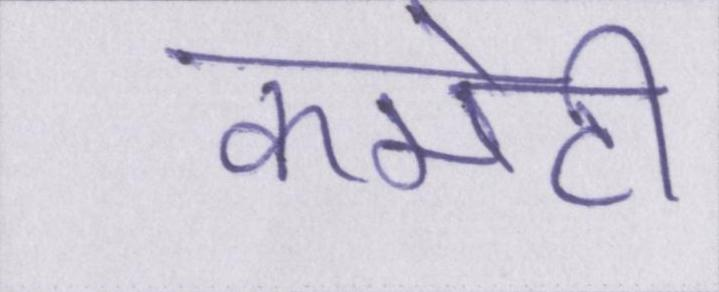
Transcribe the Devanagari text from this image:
कमेटी